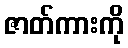
ဇာတ်ကားကို